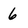
Character: 6